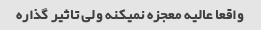
واقعا عالیه معجزه نمیکنه ولی تاثیر گذاره